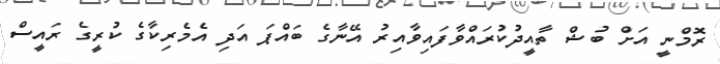
ރޮމްނީ އަށް ބުޝް ތާއީދުކުރައްވާފައިވާއިރު އޭނާގެ ބައްޕަ އަދި އެމެރިކާގެ ކުރީގެ ރައީސް